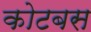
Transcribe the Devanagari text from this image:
कोटबस